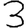
Digit: 3